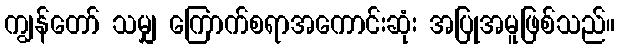
ကျွန်တော် သမျှ ကြောက်စရာအကောင်းဆုံး အပြုအမူဖြစ်သည်။